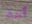
أحد